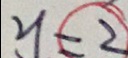
y = 2